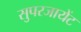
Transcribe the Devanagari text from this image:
सुपरजायेंट